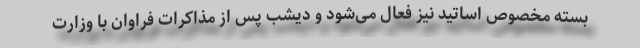
بسته مخصوص اساتید نیز فعال می‌شود و دیشب پس از مذاکرات فراوان با وزارت